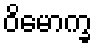
ဝိမောက္ခ